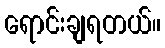
ရောင်းချရတယ်။